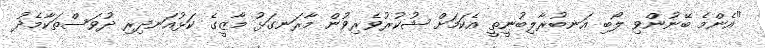
"އެންމެ ބޭނުންވި ލޯބި އަނބުރާލިބުނީތީ އެކަމަށް ޝުކުރުވެރިވުން މާރަނގަޅު މާޒީގެ ކަޅުއަނދިރި ދުވަސްތަކާމެދު